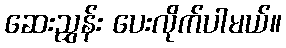
ဆေးညွှန်း ပေးလိုက်ပါမယ်။